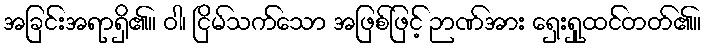
အခြင်းအရာရှိ၏။ ဝါ၊ ငြိမ်သက်သော အဖြစ်ဖြင့် ဉာဏ်အား ရှေးရှုထင်တတ်၏။